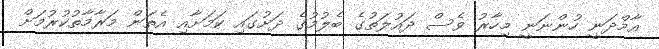
އާމްދަނީ ހުންނަނީ މިހާރު ވެސް ދައުލަތުގެ ބެލުމުގެ ދަށުގައި ކަމަށާއި އެތަން މަރާމާތުކުރުމަށް